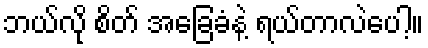
ဘယ်လို စိတ် အခြေခံနဲ့ ရယ်တာလဲပေါ့။